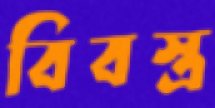
বিবস্ত্র